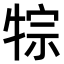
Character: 𤙷